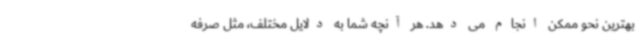
بهترین نحو ممکن انجام می دهد. هر آنچه شما به دلایل مختلف، مثل صرفه